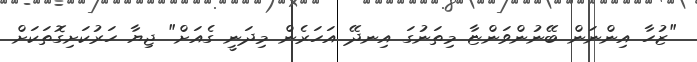
"ޒުހާ އިންނަން ބޭނުންވަންޏާ މިތަނުގަ އިނދޭ އަހަރެން މިދަނީ ގެއަށް" ޖިޔާ ހަރުކަށިގޮތަކަށް